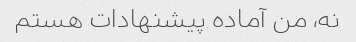
نه، من آماده پیشنهادات هستم